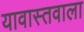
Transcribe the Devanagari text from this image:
यावास्तवाला